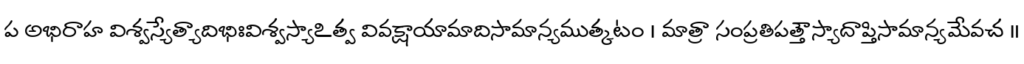
ప అభిరాహ విశ్వస్యేత్యాదిభిఃవిశ్వస్యాఽత్వ వివక్షాయామాదిసామాన్యముత్కటం । మాత్రా సంప్రతిపత్తౌస్యాదాప్తిసామాన్యమేవచ ॥